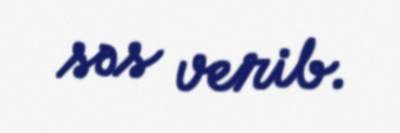
səs verib.